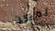
يمكن